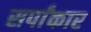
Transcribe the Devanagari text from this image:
सर्पांकार